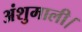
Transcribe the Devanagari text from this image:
अंशुमाली।